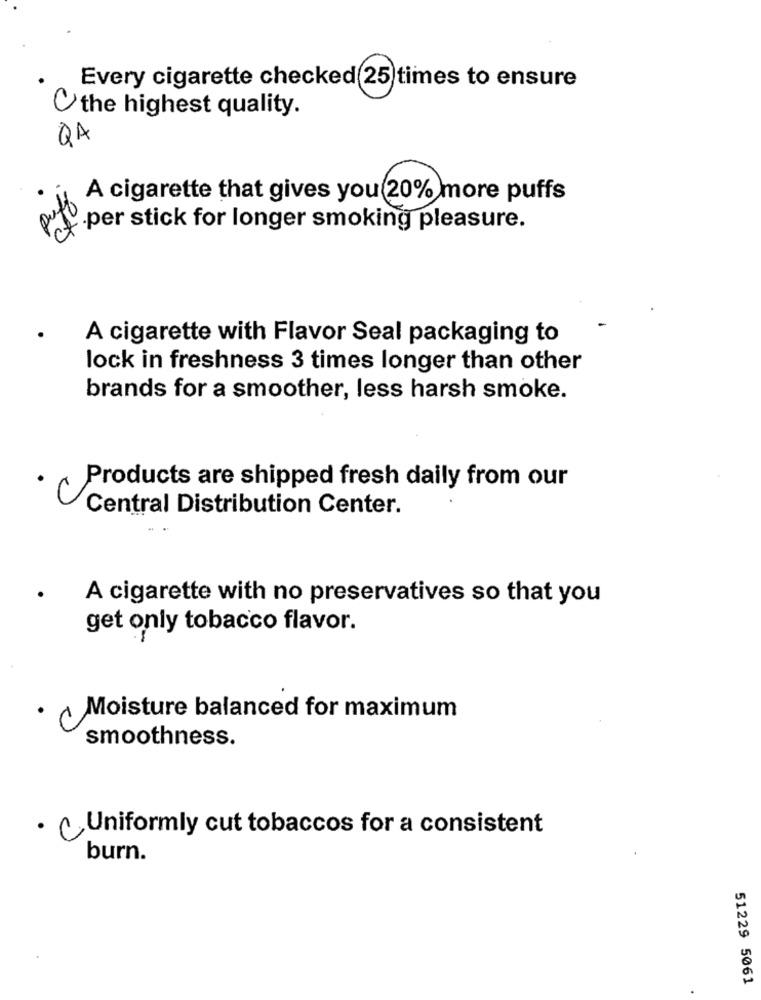
Every cigarette checked 25)times to ensure
the highest quality.
QA
A cigarette that gives you 20% more puffs
2
.per stick for longer smoking pleasure.
A cigarette with Flavor Seal packaging to
lock in freshness 3 times longer than other
brands for a smoother, less harsh smoke.
Products are shipped fresh daily from our
Central Distribution Center.
A cigarette with no preservatives so that you
get only tobacco flavor.
· Moisture balanced for maximum
smoothness.
· ( Uniformly cut tobaccos for a consistent
burn.
51229 5061